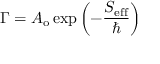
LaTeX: \Gamma = A _ { \mathrm { o } } \exp \left( - { \frac { S _ { \mathrm { e f f } } } { \hbar } } \right)